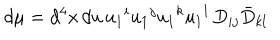
LaTeX: d \mu = d ^ { 4 } x \, d u \, u _ { 1 } { } ^ { i } u _ { 1 } { } ^ { j } u _ { 1 } { } ^ { k } u _ { 1 } { } ^ { l } \, D _ { i j } \bar { D } _ { k l }